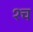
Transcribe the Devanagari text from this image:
१च